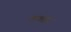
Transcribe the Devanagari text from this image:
शक्ला